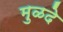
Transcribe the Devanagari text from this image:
मुळदे